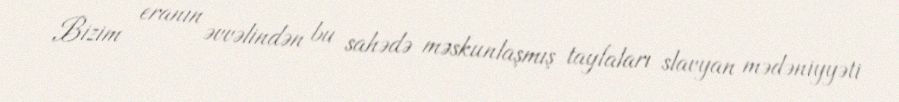
Bizim eranın əvvəlindən bu sahədə məskunlaşmış tayfaları slavyan mədəniyyəti